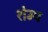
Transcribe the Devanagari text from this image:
शेम्प